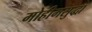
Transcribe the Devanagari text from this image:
मोहीमसुद्धा